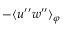
- \langle { u ^ { \prime \prime } w ^ { \prime \prime } } \rangle _ { \varphi }